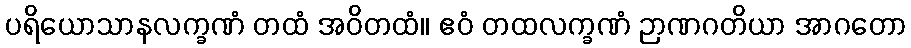
ပရိယောသာနလက္ခဏံ တထံ အဝိတထံ။ ဧဝံ တထလက္ခဏံ ဉာဏဂတိယာ အာဂတော